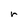
Character: r